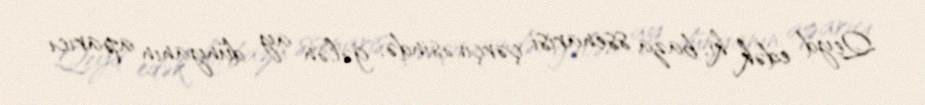
Qeyd edək ki, baza ssenarisi çərçivəsində, gələn ay dünyanın aparıcı